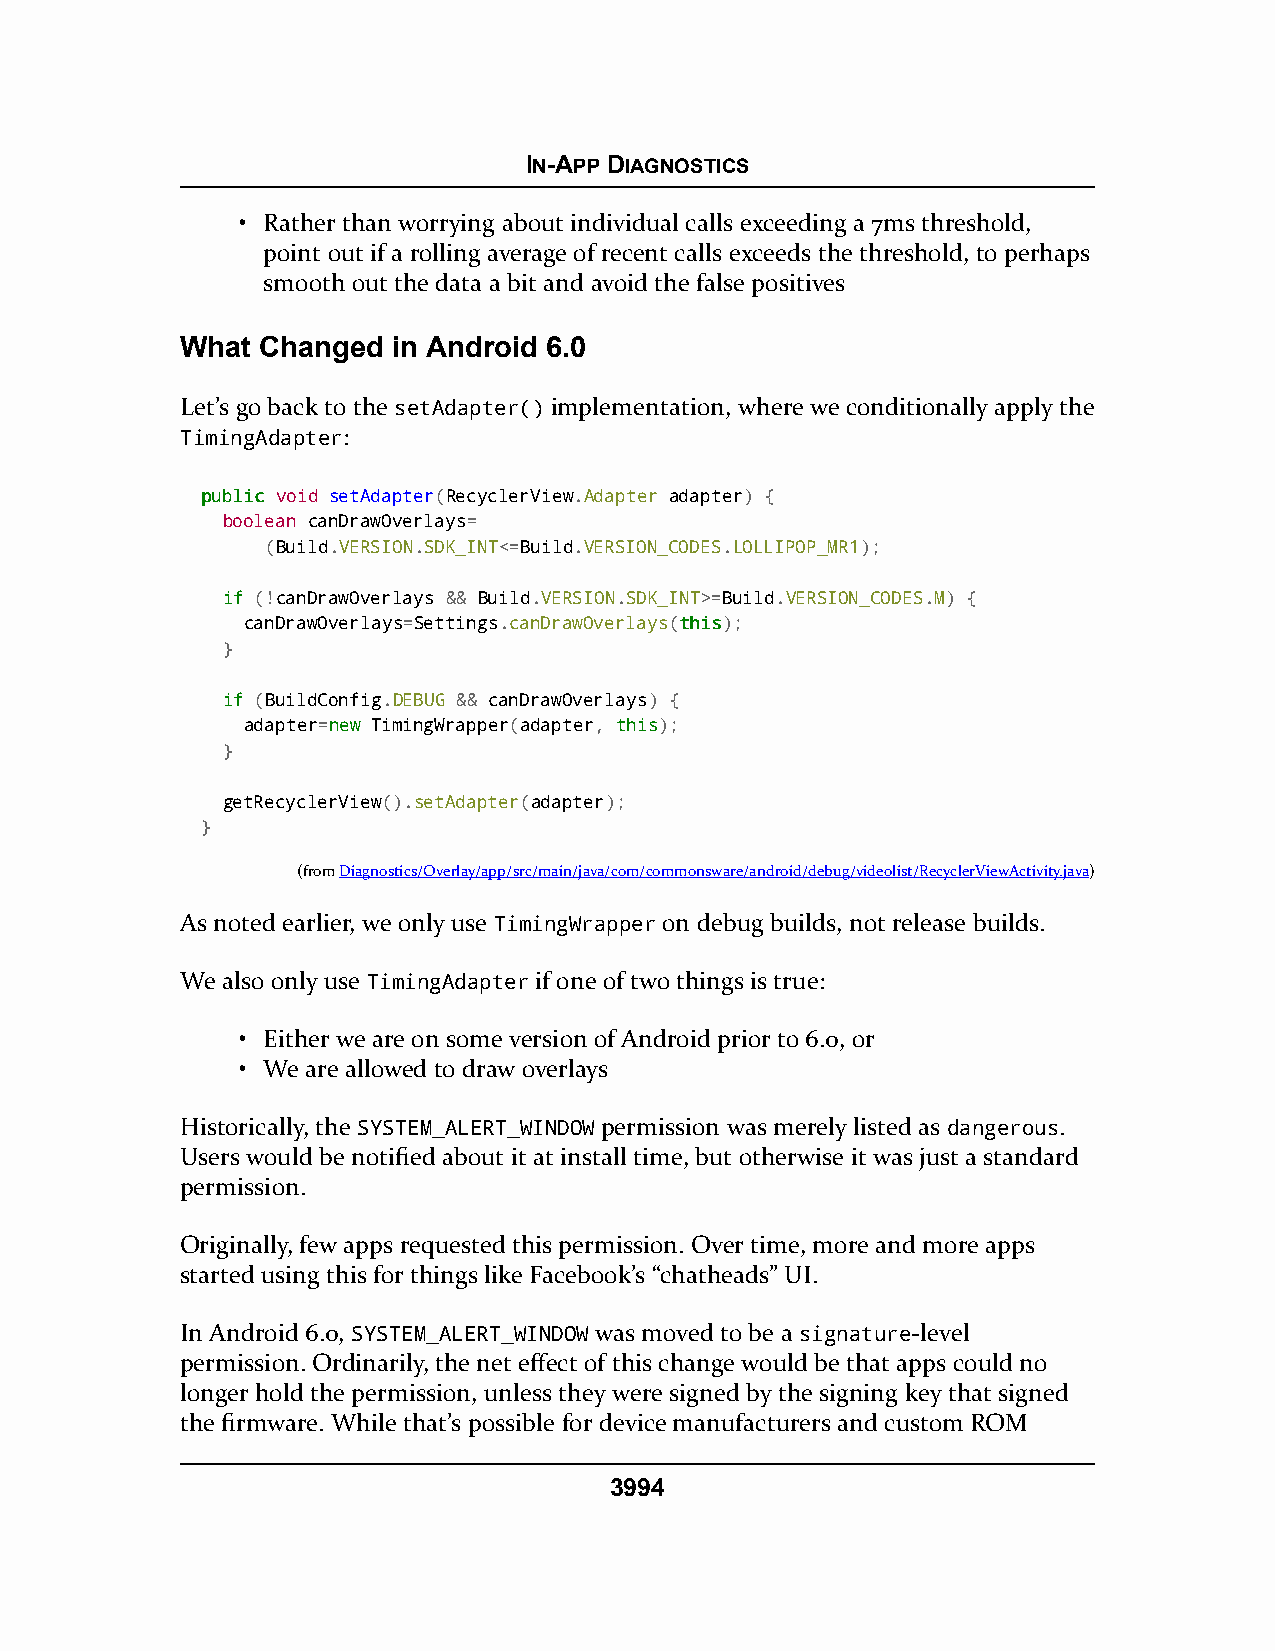
IN-APP DIAGNOSTICS
 • Rather than worrying about individual calls exceeding a 7ms threshold,
 point out if a rolling average of recent calls exceeds the threshold, to perhaps
 smooth out the data a bit and avoid the false positives
 What Changed  in Android 6.0
 Let’s go back to the setAdapter() implementation, where we conditionally apply the
 TimingAdapter:
 ppuubblliicc void setAdapter(RecyclerView.Adapter adapter) {
 boolean canDrawOverlays=
 (Build.VERSION.SDK_INT<=Build.VERSION_CODES.LOLLIPOP_MR1);
 iiff (!canDrawOverlays && Build.VERSION.SDK_INT>=Build.VERSION_CODES.M) {
 canDrawOverlays=Settings.canDrawOverlays(tthhiiss);
 }
 iiff (BuildConfig.DEBUG && canDrawOverlays) {
 adapter=nneeww TimingWrapper(adapter, tthhiiss);
 }
 getRecyclerView().setAdapter(adapter);
 }
 (fromDiagnostics/Overlay/app/src/main/java/com/commonsware/android/debug/videolist/RecyclerViewActivity.java)
 As noted earlier, we only use TimingWrapper on debug builds, not release builds.
 We also only use TimingAdapter if one of two things is true:
 • Either we are on some version of Android prior to 6.0, or
 • We are allowed to draw overlays
 Historically, the SYSTEM_ALERT_WINDOW permission was merely listed as dangerous.
 Users would be notified about it at install time, but otherwise it was just a standard
 permission.
 Originally, few apps requested this permission. Over time, more and more apps
 started using this for things like Facebook’s “chatheads” UI.
 In Android 6.0, SYSTEM_ALERT_WINDOW was moved to be a signature-level
 permission. Ordinarily, the net effect of this change would be that apps could no
 longer hold the permission, unless they were signed by the signing key that signed
 the firmware. While that’s possible for device manufacturers and custom ROM
 3994